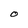
Character: O